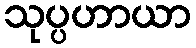
သုပ္ပဟာယာ